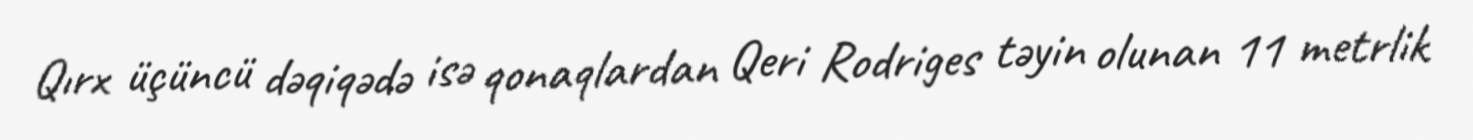
Qırx üçüncü dəqiqədə isə qonaqlardan Qeri Rodriges təyin olunan 11 metrlik